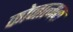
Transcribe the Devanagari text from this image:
कोनात्मक